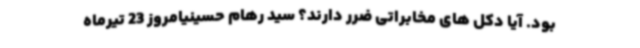
بود. آیا دکل های مخابراتی ضرر دارند؟ سید رهام حسینیامروز 23 تیرماه